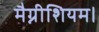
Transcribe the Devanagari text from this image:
मैग्नीशियम।